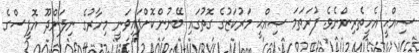
ޞިއްޙީ އެހީތެރިންނެވެ. ފުރަތަމަ ޞިއްޙީ މަރުކަޒުގެ ގޮތުގައި ބޭނުންކޮށްފައިވަނީ މިހާރުގެ ނިލަންދޫ އޮފީސްގެ